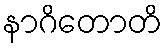
နာဂိတောတိ